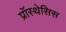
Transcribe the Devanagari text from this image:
प्रॉस्थेसिस